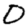
Digit: 0